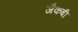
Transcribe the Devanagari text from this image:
जैकबी